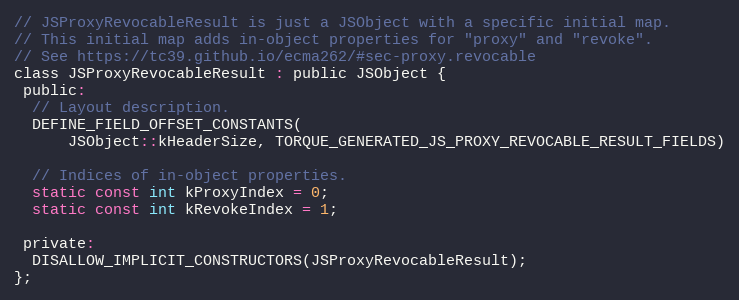
Language: C
// JSProxyRevocableResult is just a JSObject with a specific initial map.
// This initial map adds in-object properties for "proxy" and "revoke".
// See https://tc39.github.io/ecma262/#sec-proxy.revocable
class JSProxyRevocableResult : public JSObject {
 public:
  // Layout description.
  DEFINE_FIELD_OFFSET_CONSTANTS(
      JSObject::kHeaderSize, TORQUE_GENERATED_JS_PROXY_REVOCABLE_RESULT_FIELDS)

  // Indices of in-object properties.
  static const int kProxyIndex = 0;
  static const int kRevokeIndex = 1;

 private:
  DISALLOW_IMPLICIT_CONSTRUCTORS(JSProxyRevocableResult);
};